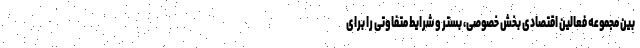
بین مجموعه فعالین اقتصادی بخش خصوصی، بستر و شرایط متفاوتی را برای